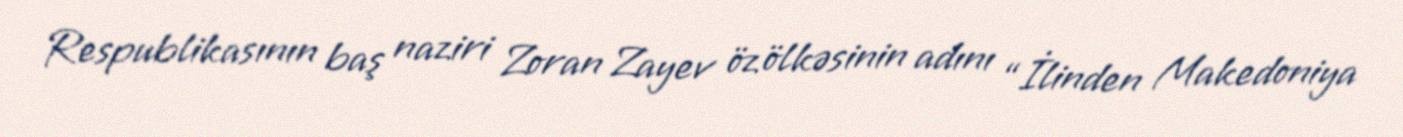
Respublikasının baş naziri Zoran Zayev öz ölkəsinin adını “İlinden Makedoniya